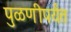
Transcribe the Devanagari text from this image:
पुळणीपर्यंत